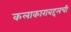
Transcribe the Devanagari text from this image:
कलाकाराबद्दलची